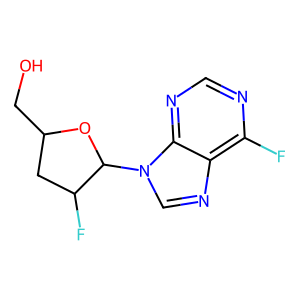
SMILES: OCC1CC(F)C(n2cnc3c(F)ncnc32)O1
Inhibits HIV replication: No